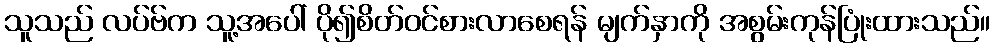
သူသည် လပ်ဗ်က သူ့အပေါ် ပို၍စိတ်ဝင်စားလာစေရန် မျက်နှာကို အစွမ်းကုန်ပြုံးထားသည်။